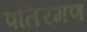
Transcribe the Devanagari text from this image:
पतिरमण